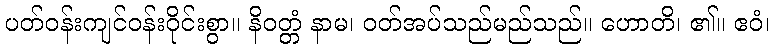
ပတ်ဝန်းကျင်ဝန်းဝိုင်းစွာ။ နိဝတ္တံ နာမ၊ ဝတ်အပ်သည်မည်သည်။ ဟောတိ၊ ၏။ ဧဝံ၊